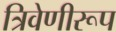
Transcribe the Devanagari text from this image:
त्रिवेणीरूप